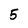
Character: 5